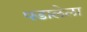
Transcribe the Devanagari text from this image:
पडालेला